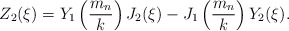
\begin{align*}Z_2(\xi) = Y_1 \left(\frac{m_n}{k}\right) J_2(\xi) -J_1 \left(\frac{m_n}{k}\right) Y_2(\xi).\end{align*}